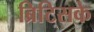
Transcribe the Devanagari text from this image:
ब्रिटिसके